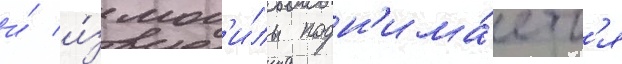
и́ и́з мог'и́лы подн'има́етс'я